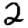
Digit: 2